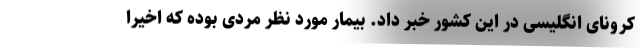
کرونای انگلیسی در این کشور خبر داد. بیمار مورد نظر مردی بوده که اخیرا